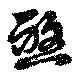
煞